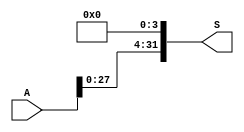
module SLL_4(S, A);
    input [31:0] A;
    output [31:0] S;

    wire low;

    assign low = 1'b0;

    assign S[0] =  low;
    assign S[1] =  low;
    assign S[2] =  low;
    assign S[3] =  low;
    assign S[4] =  A[0];
    assign S[5] =  A[1];
    assign S[6] =  A[2];
    assign S[7] =  A[3];
    assign S[8] =  A[4];
    assign S[9] =  A[5];
    assign S[10] =  A[6];
    assign S[11] =  A[7];
    assign S[12] =  A[8];
    assign S[13] =  A[9];
    assign S[14] =  A[10];
    assign S[15] =  A[11];
    assign S[16] =  A[12];
    assign S[17] =  A[13];
    assign S[18] =  A[14];
    assign S[19] =  A[15];
    assign S[20] =  A[16];
    assign S[21] =  A[17];
    assign S[22] =  A[18];
    assign S[23] =  A[19];
    assign S[24] =  A[20];
    assign S[25] =  A[21];
    assign S[26] =  A[22];
    assign S[27] =  A[23];
    assign S[28] =  A[24];
    assign S[29] =  A[25];
    assign S[30] =  A[26];
    assign S[31] =  A[27];


endmodule